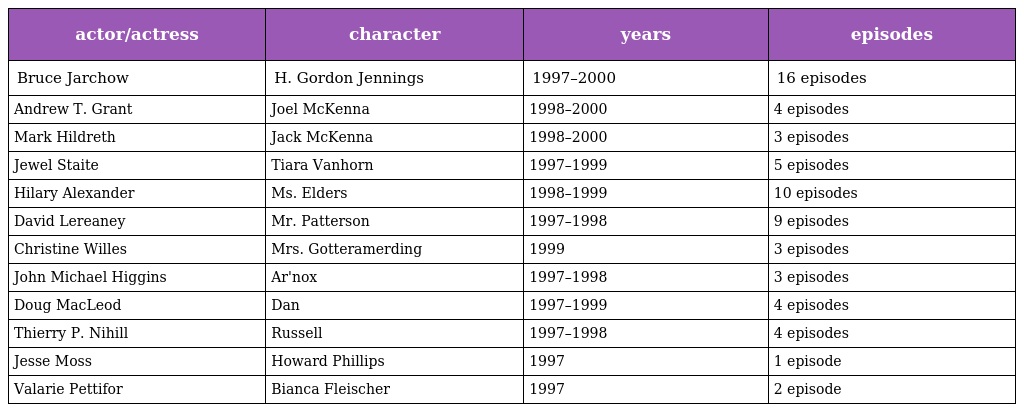
| actor/actress | character | years | episodes |
 | --- | --- | --- | --- |
 | Bruce Jarchow | H. Gordon Jennings | 1997–2000 | 16 episodes |
 | Andrew T. Grant | Joel McKenna | 1998–2000 | 4 episodes |
 | Mark Hildreth | Jack McKenna | 1998–2000 | 3 episodes |
 | Jewel Staite | Tiara Vanhorn | 1997–1999 | 5 episodes |
 | Hilary Alexander | Ms. Elders | 1998–1999 | 10 episodes |
 | David Lereaney | Mr. Patterson | 1997–1998 | 9 episodes |
 | Christine Willes | Mrs. Gotteramerding | 1999 | 3 episodes |
 | John Michael Higgins | Ar'nox | 1997–1998 | 3 episodes |
 | Doug MacLeod | Dan | 1997–1999 | 4 episodes |
 | Thierry P. Nihill | Russell | 1997–1998 | 4 episodes |
 | Jesse Moss | Howard Phillips | 1997 | 1 episode |
 | Valarie Pettifor | Bianca Fleischer | 1997 | 2 episode |